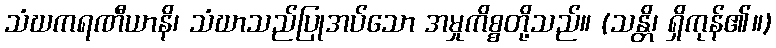
သံဃကရဏီယာနိ၊ သံဃာသည်ပြုအပ်သော အမှုကိစ္စတို့သည်။ (သန္တိ၊ ရှိကုန်၏။)